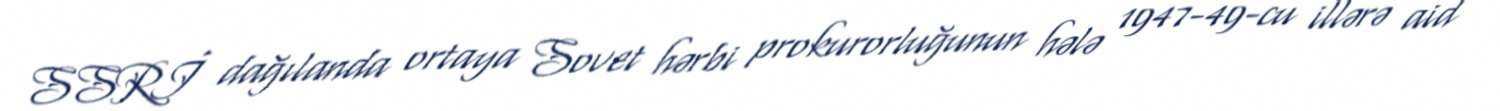
SSRİ dağılanda ortaya Sovet hərbi prokurorluğunun hələ 1947-49-cu illərə aid